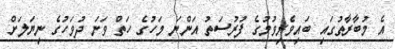
އެ މުބާރާތުގައި ބައިވެރިވުމުގެ ފުރުސަތު އަންނަ މަހުގެ ހަތް ވަނަ ދުވަހުގެ ނިޔަލަށް